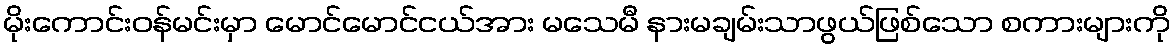
မိုးကောင်းဝန်မင်းမှာ မောင်မောင်ငယ်အား မသေမီ နားမချမ်းသာဖွယ်ဖြစ်သော စကားများကို